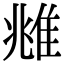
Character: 𨾾